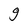
Character: g